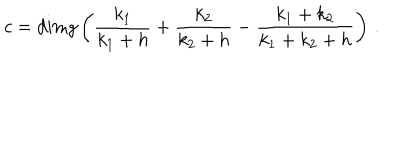
c = \textrm { d i m } g \left( \frac { k _ { 1 } } { k _ { 1 } + h } + \frac { k _ { 2 } } { k _ { 2 } + h } - \frac { k _ { 1 } + k _ { 2 } } { k _ { 1 } + k _ { 2 } + h } \right) \, .